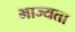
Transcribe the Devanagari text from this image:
भाज्यता